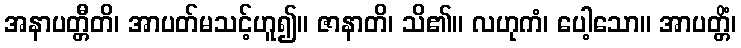
အနာပတ္တီတိ၊ အာပတ်မသင့်ဟူ၍။ ဇာနာတိ၊ သိ၏။ လဟုကံ၊ ပေါ့သော။ အာပတ္တိံ၊